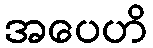
အပေဟိ